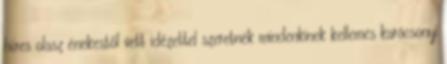
híres olasz énekestől vett idézettel szeretnék mindenkinek kellemes karácsonyi